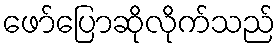
ဖော်ပြောဆိုလိုက်သည်